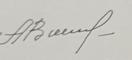
Signature authenticity: genuine